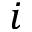
i